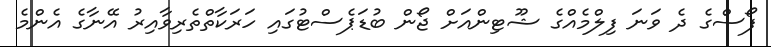
ފޯސްގެ ދެ ވަނަ ފިލްމެއްގެ ޝޫޓިންއަށް ޖޯން ބުޑަޕެސްޓުގައި ހަރަކާތްތެރިވާއިރު އޭނާގެ އެންމެ